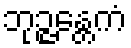
ဘုဉ္ဇန္တေကံ